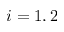
i = 1 , 2